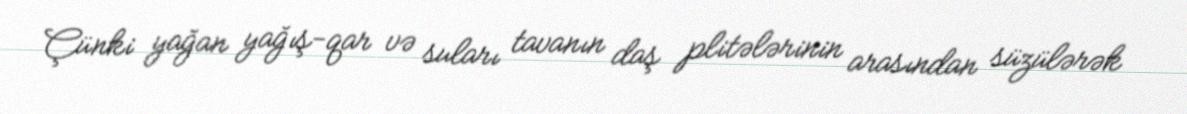
Çünki yağan yağış-qar və suları tavanın daş plitələrinin arasından süzülərək